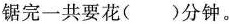
锯完一共要花( )分钟。